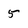
Character: 5